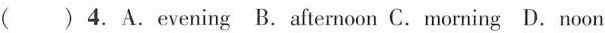
( )4.A.evening B.afternoon C.morning D.noon